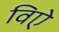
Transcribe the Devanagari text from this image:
विऐ